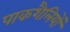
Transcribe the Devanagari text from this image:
पाकशैलियों